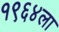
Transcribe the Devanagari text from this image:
१९६४ला